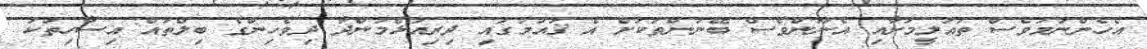
އެހެންނަމަވެސް ތައުލީމަށާއި އެނޫންވެސް ބޭނުންތަކަށް އެ ޤައުމުގައި ދިރިއުޅެމުންދާ ދިވެހިންގެ ބިލްތައް އިސާހިތަކު